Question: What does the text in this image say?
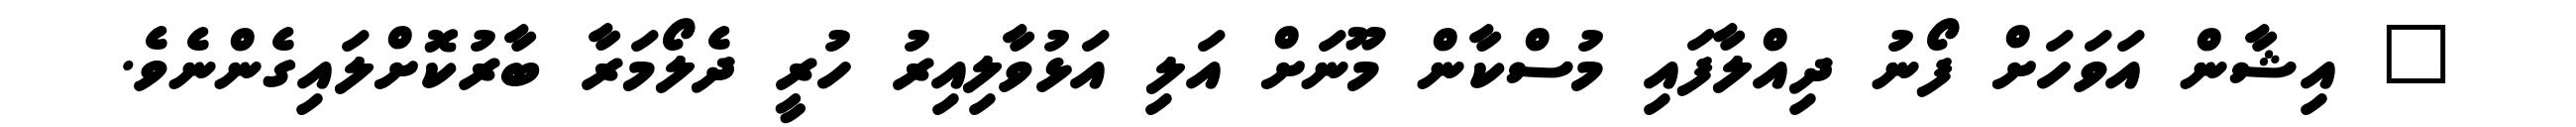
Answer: " އިޝާން އަވަހަށް ފޯނު ދިއްލާފައި މުސްކާން މޫނަށް އަލި އަޅުވާލިއިރު ހުރީ ދެލޯމަރާ ބާރުކޮށްލައިގެންނެވެ.